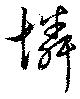
憐